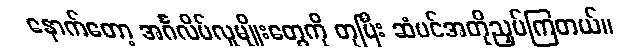
နောက်တော့ အင်္ဂလိပ်လူမျိုးတွေကို တုပြီး ဆံပင်အတိုညှပ်ကြတယ်။